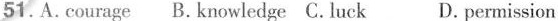
51.A.courage B. knowledge C.luck D. permission